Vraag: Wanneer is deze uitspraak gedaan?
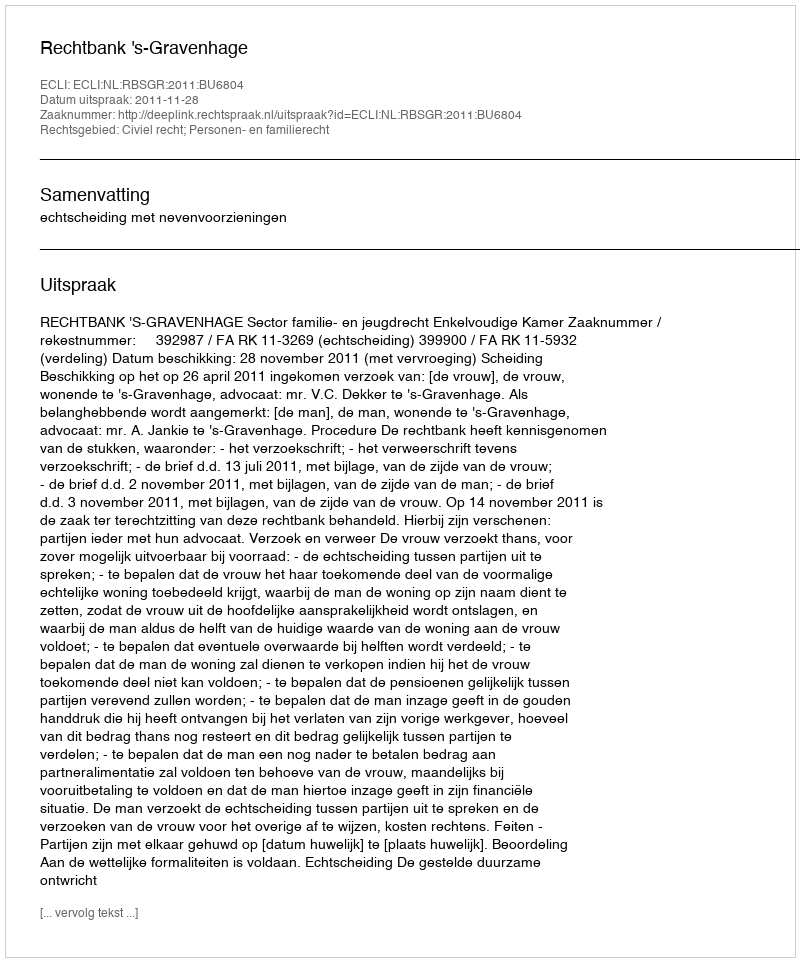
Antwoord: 2011-11-28